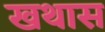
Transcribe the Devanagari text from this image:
खथास